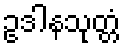
ဥဒါနသုတ္တံ